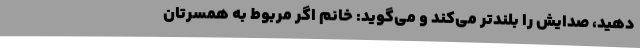
دهید، صدایش را بلندتر می‌کند و می‌گوید: خانم اگر مربوط به همسرتان